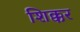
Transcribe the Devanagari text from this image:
शिक्कर